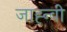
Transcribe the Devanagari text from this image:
जाह्न्वी